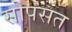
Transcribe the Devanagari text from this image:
सोपसत